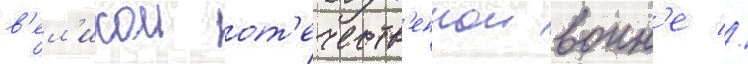
в'ел'икои от'ечеств'еннои воин'е //